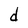
Character: d